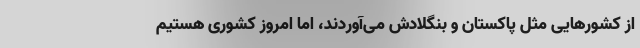
از کشورهایی مثل پاکستان و بنگلادش می‌آوردند، امّا امروز کشوری هستیم